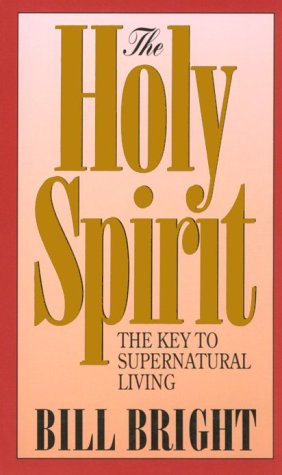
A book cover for The Holy Spirit: Key to Supernatural Living (1980); Bill Bright; Christian Books & Bibles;